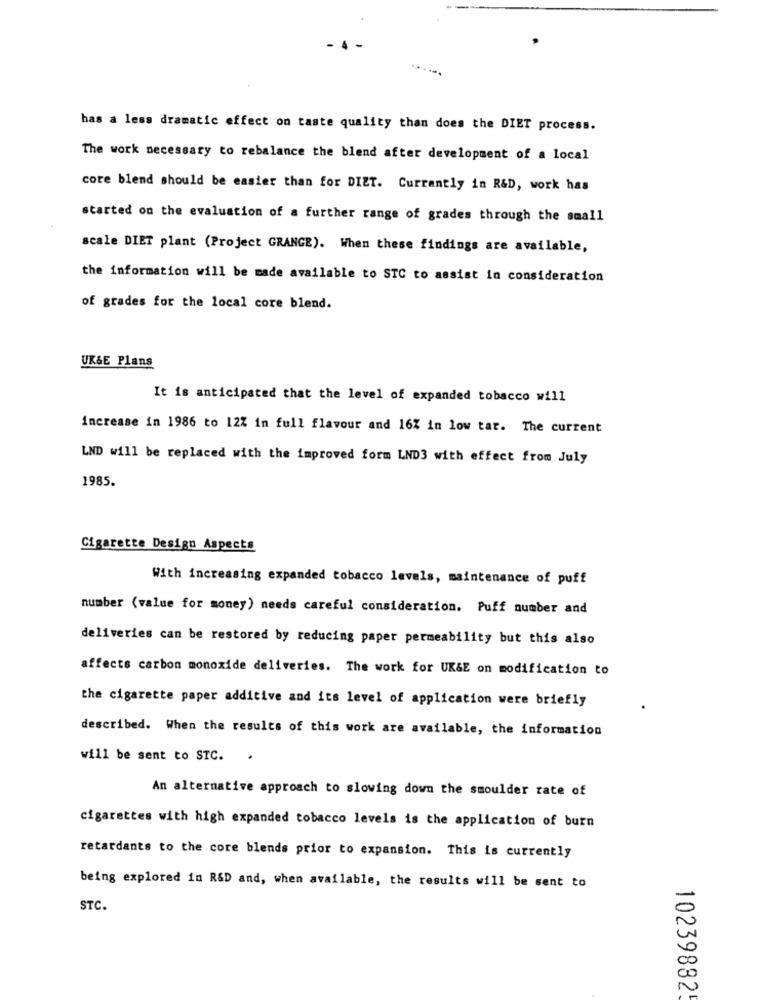
......
has a less dramatic effect on taste quality than does the DIET process.
The work necessary to rebalance the blend after development of a local
core blend should be easier than for DIET. Currently in R&D, work has
started on the evaluation of a further range of grades through the small
scale DIET plant (Project GRANGE). When these findings are available,
the information will be made available to STC to assist in consideration
of grades for the local core blend.
UK&E Plans
It is anticipated that the level of expanded tobacco will
increase in 1986 to 12% in full flavour and 16% in low tar. The current
LND will be replaced with the improved form LND3 with effect from July
1985.
Cigarette Design Aspects
With increasing expanded tobacco levels, maintenance of puff
number (value for money) needs careful consideration. Puff number and
deliveries can be restored by reducing paper permeability but this also
affects carbon monoxide deliveries. The work for UK&E on modification to
the cigarette paper additive and its level of application were briefly
described. When the results of this work are available, the information
will be sent to STC.
.
An alternative approach to slowing down the smoulder rate of
cigarettes with high expanded tobacco levels is the application of burn
retardants to the core blends prior to expansion. This is currently
being explored in RSD and, when available, the results will be sent to
STC.
102398825